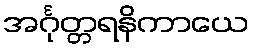
အင်္ဂုတ္တရနိကာယေ